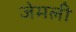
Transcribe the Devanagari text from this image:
जेमली